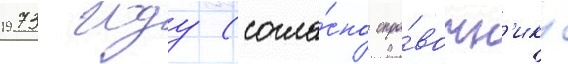
1973 году (согла́сно спра́вочн'ику